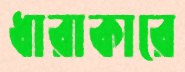
ধারাকারে